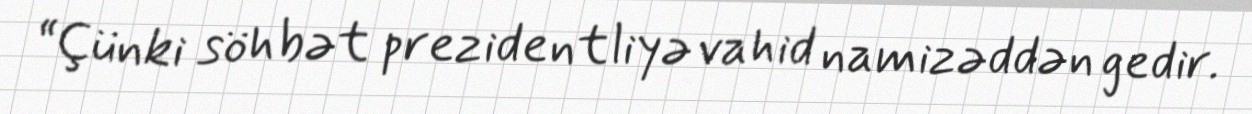
“Çünki söhbət prezidentliyə vahid namizəddən gedir.